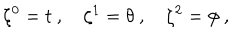
\zeta ^ { 0 } = t \ , \quad \zeta ^ { 1 } = \theta \ , \quad \zeta ^ { 2 } = \phi \ ,